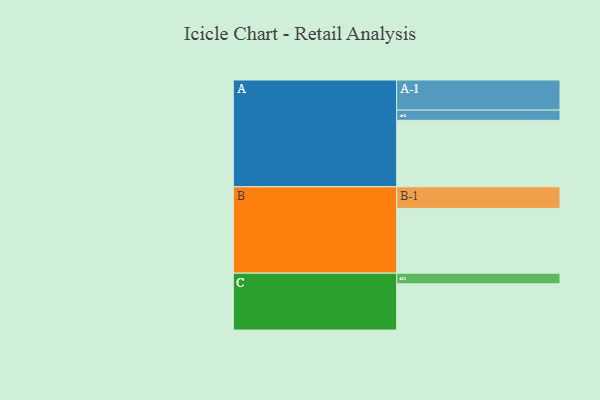
{"axis": {"x": "Segment", "y": "Value"}, "legend": ["", "A", "B", "C"], "data": [{"x": "A", "y": 455, "type": ""}, {"x": "B", "y": 443, "type": ""}, {"x": "C", "y": 316, "type": ""}, {"x": "A-1", "y": 206, "type": "A"}, {"x": "A-2", "y": 70, "type": "A"}, {"x": "B-1", "y": 148, "type": "B"}, {"x": "C-1", "y": 73, "type": "C"}]}